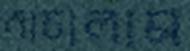
নাচালাম